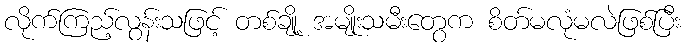
လိုက်ကြည့်လွန်းသဖြင့် တစ်ချို့ အမျိုးသမီးတွေက စိတ်မလုံမလဲဖြစ်ပြီး